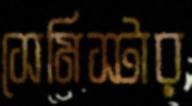
সেমিস্টার